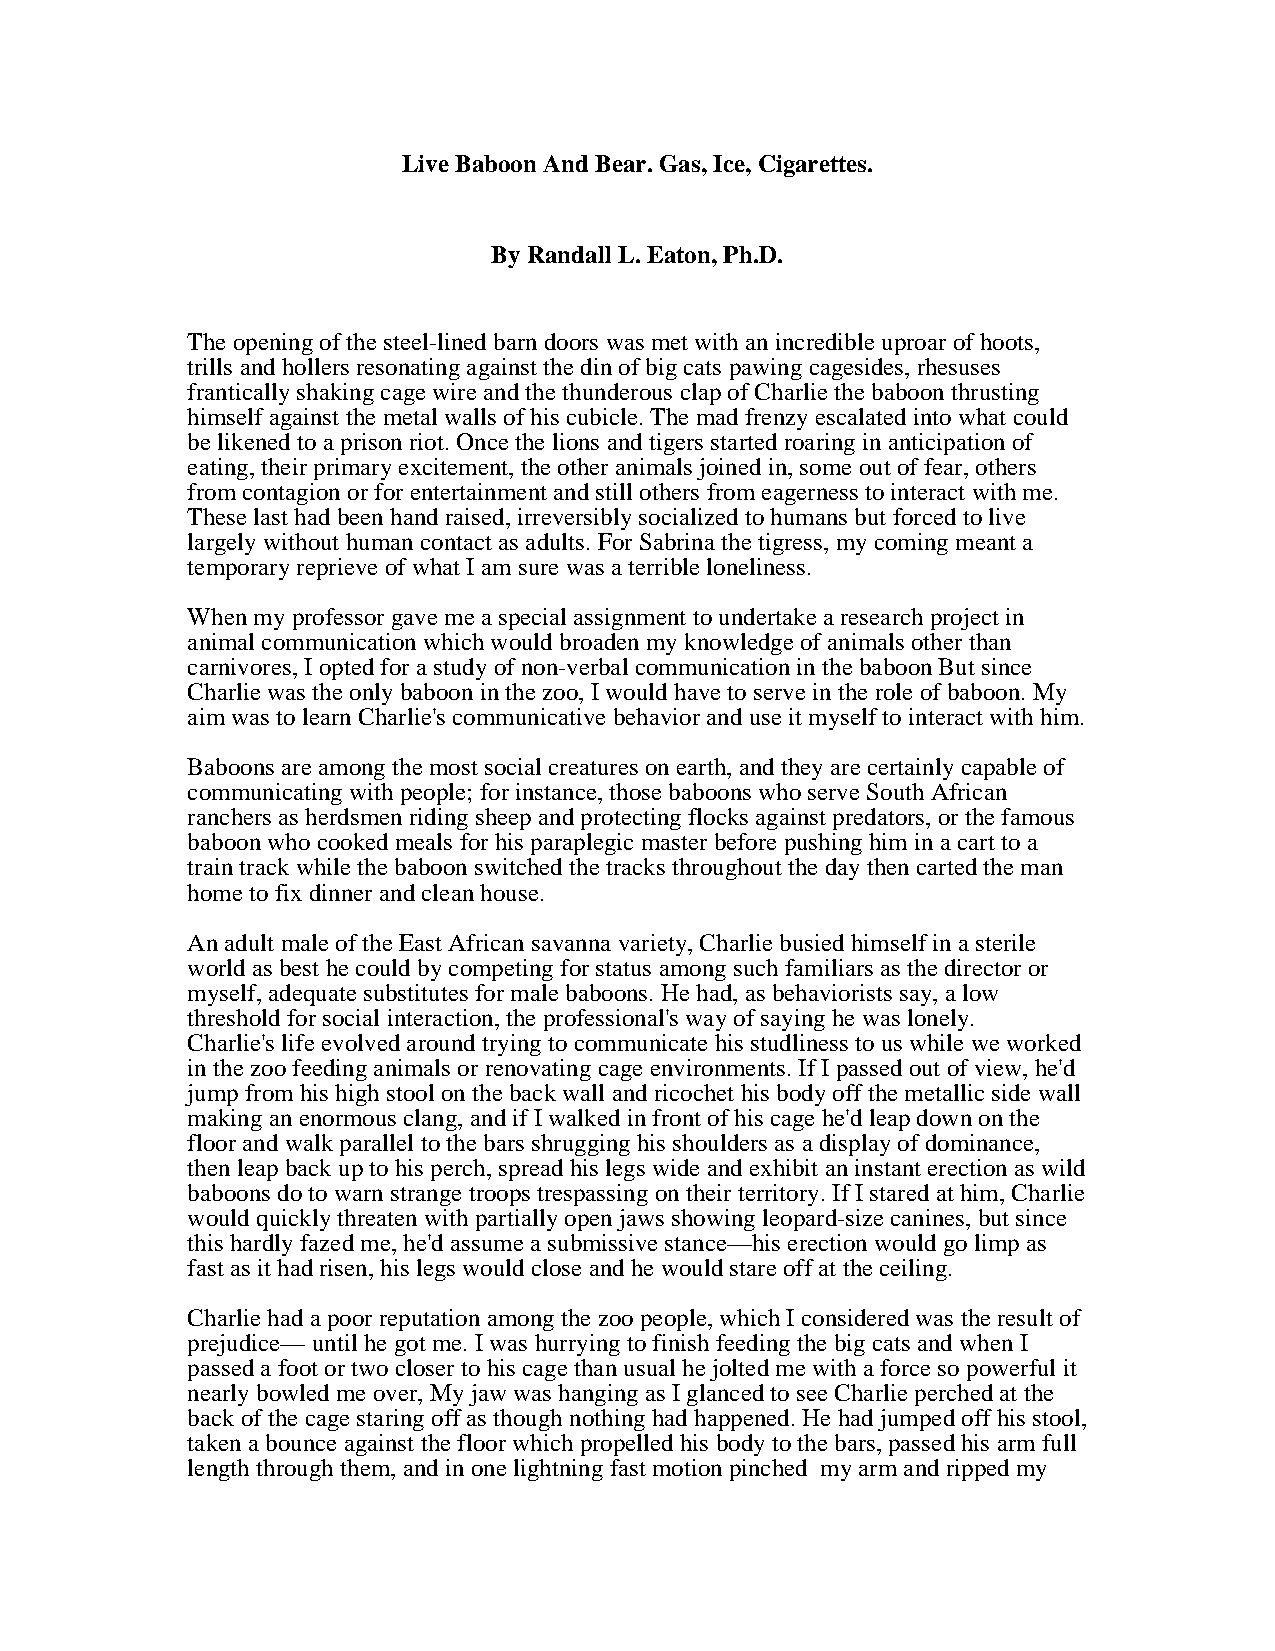
Live Baboon And Bear. Gas, Ice, Cigarettes.
 By Randall L. Eaton, Ph.D.
 The opening of the steel-lined barn doors was met with an incredible uproar of hoots,
 trills and hollers resonating against the din of big cats pawing cagesides, rhesuses
 frantically shaking cage wire and the thunderous clap of Charlie the baboon thrusting
 himself against the metal walls of his cubicle. The mad frenzy escalated into what could
 be likened to a prison riot. Once the lions and tigers started roaring in anticipation of
 eating, their primary excitement, the other animals joined in, some out of fear, others
 from contagion or for entertainment and still others from eagerness to interact with me.
 These last had been hand raised, irreversibly socialized to humans but forced to live
 largely without human contact as adults. For Sabrina the tigress, my coming meant a
 temporary reprieve of what I am sure was a terrible loneliness.
 When my professor gave me a special assignment to undertake a research project in
 animal communication which would broaden my knowledge of animals other than
 carnivores, I opted for a study of non-verbal communication in the baboon But since
 Charlie was the only baboon in the zoo, I would have to serve in the role of baboon. My
 aim was to learn Charlie's communicative behavior and use it myself to interact with him.
 Baboons are among the most social creatures on earth, and they are certainly capable of
 communicating with people; for instance, those baboons who serve South African
 ranchers as herdsmen riding sheep and protecting flocks against predators, or the famous
 baboon who cooked meals for his paraplegic master before pushing him in a cart to a
 train track while the baboon switched the tracks throughout the day then carted the man
 home to fix dinner and clean house.
 An adult male of the East African savanna variety, Charlie busied himself in a sterile
 world as best he could by competing for status among such familiars as the director or
 myself, adequate substitutes for male baboons. He had, as behaviorists say, a low
 threshold for social interaction, the professional's way of saying he was lonely.
 Charlie's life evolved around trying to communicate his studliness to us while we worked
 in the zoo feeding animals or renovating cage environments. If I passed out of view, he'd
 jump from his high stool on the back wall and ricochet his body off the metallic side wall
 making an enormous clang, and if I walked in front of his cage he'd leap down on the
 floor and walk parallel to the bars shrugging his shoulders as a display of dominance,
 then leap back up to his perch, spread his legs wide and exhibit an instant erection as wild
 baboons do to warn strange troops trespassing on their territory. If I stared at him, Charlie
 would quickly threaten with partially open jaws showing leopard-size canines, but since
 this hardly fazed me, he'd assume a submissive stance—his erection would go limp as
 fast as it had risen, his legs would close and he would stare off at the ceiling.
 Charlie had a poor reputation among the zoo people, which I considered was the result of
 prejudice— until he got me. I was hurrying to finish feeding the big cats and when I
 passed a foot or two closer to his cage than usual he jolted me with a force so powerful it
 nearly bowled me over, My jaw was hanging as I glanced to see Charlie perched at the
 back of the cage staring off as though nothing had happened. He had jumped off his stool,
 taken a bounce against the floor which propelled his body to the bars, passed his arm full
 length through them, and in one lightning fast motion pinched my arm and ripped my